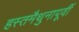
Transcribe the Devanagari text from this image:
हस्तमैथुनापूर्वी